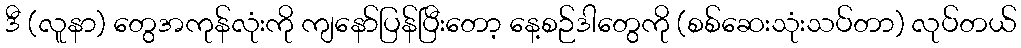
ဒီ (လူနာ) တွေအကုန်လုံးကို ကျနော်ပြန်ပြီးတော့ နေ့စဉ်ဒါတွေကို (စစ်ဆေးသုံးသပ်တာ) လုပ်တယ်